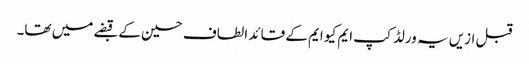
قبل ازیں یہ ورلڈ کپ ایم کیو ایم کے قائد الطاف حسین کے قبضے میں تھا۔